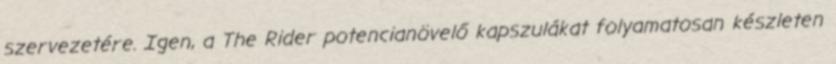
szervezetére. Igen, a The Rider potencianövelő kapszulákat folyamatosan készleten